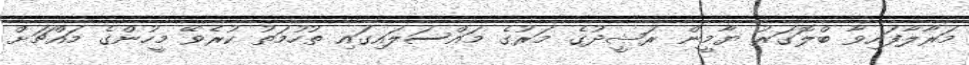
މަރާލާފައިވާ ބްލޮގަރު ޔާމީން ރަޝީދުގެ މަރުގެ މައްސަލައިގައި ތުހުމަތު ކުރެވޭ މީހުންގެ މައްޗަށް